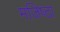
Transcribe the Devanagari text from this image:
मजिष्‍ठा